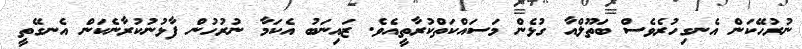
ނުރުހޭކަން އެނގިހުރެވެސް ބަތޫލްއާ ގުޅެން މަސައްކަތްކުރާތީއެވެ. ޒައިނަބު އެކަމާ ނުރުހުން ފާޅުނުކުރާނެކަން އެނގޭތީ